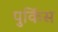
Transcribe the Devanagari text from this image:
पुर्किस